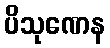
ပိသုဏေန